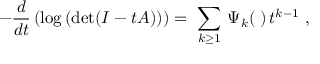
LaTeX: - { \frac { d } { d t } } \left( \mathrm { l o g } \left( \mathrm { d e t } ( I - t A ) \right) \right) = \ \sum _ { k \geq 1 } \, \Psi _ { k } ( { \bf \alpha } ) \, t ^ { k - 1 } \ ,